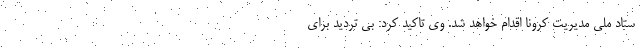
ستاد ملی مدیریت کرونا اقدام خواهد شد. وی تاکید کرد: بی تردید برای